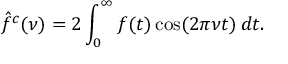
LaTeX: { \hat { f } } ^ { c } ( \nu ) = 2 \int _ { 0 } ^ { \infty } f ( t ) \cos ( 2 \pi \nu t ) \, d t .